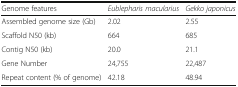
<table><thead><tr><td><b>Genome features</b></td><td><b><i>Eublepharis macularius</i></b></td><td><b><i>Gekko japonicus</i></b></td></tr></thead><tbody><tr><td>Assembled genome size (Gb)</td><td>2.02</td><td>2.55</td></tr><tr><td>Scaffold N50 (kb)</td><td>664</td><td>685</td></tr><tr><td>Contig N50 (kb)</td><td>20.0</td><td>21.1</td></tr><tr><td>Gene Number</td><td>24,755</td><td>22,487</td></tr><tr><td>Repeat content (% of genome)</td><td>42.18</td><td>48.94</td></tr></tbody></table>